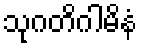
သုဂတိဂါမိနံ